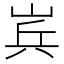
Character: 𮱫